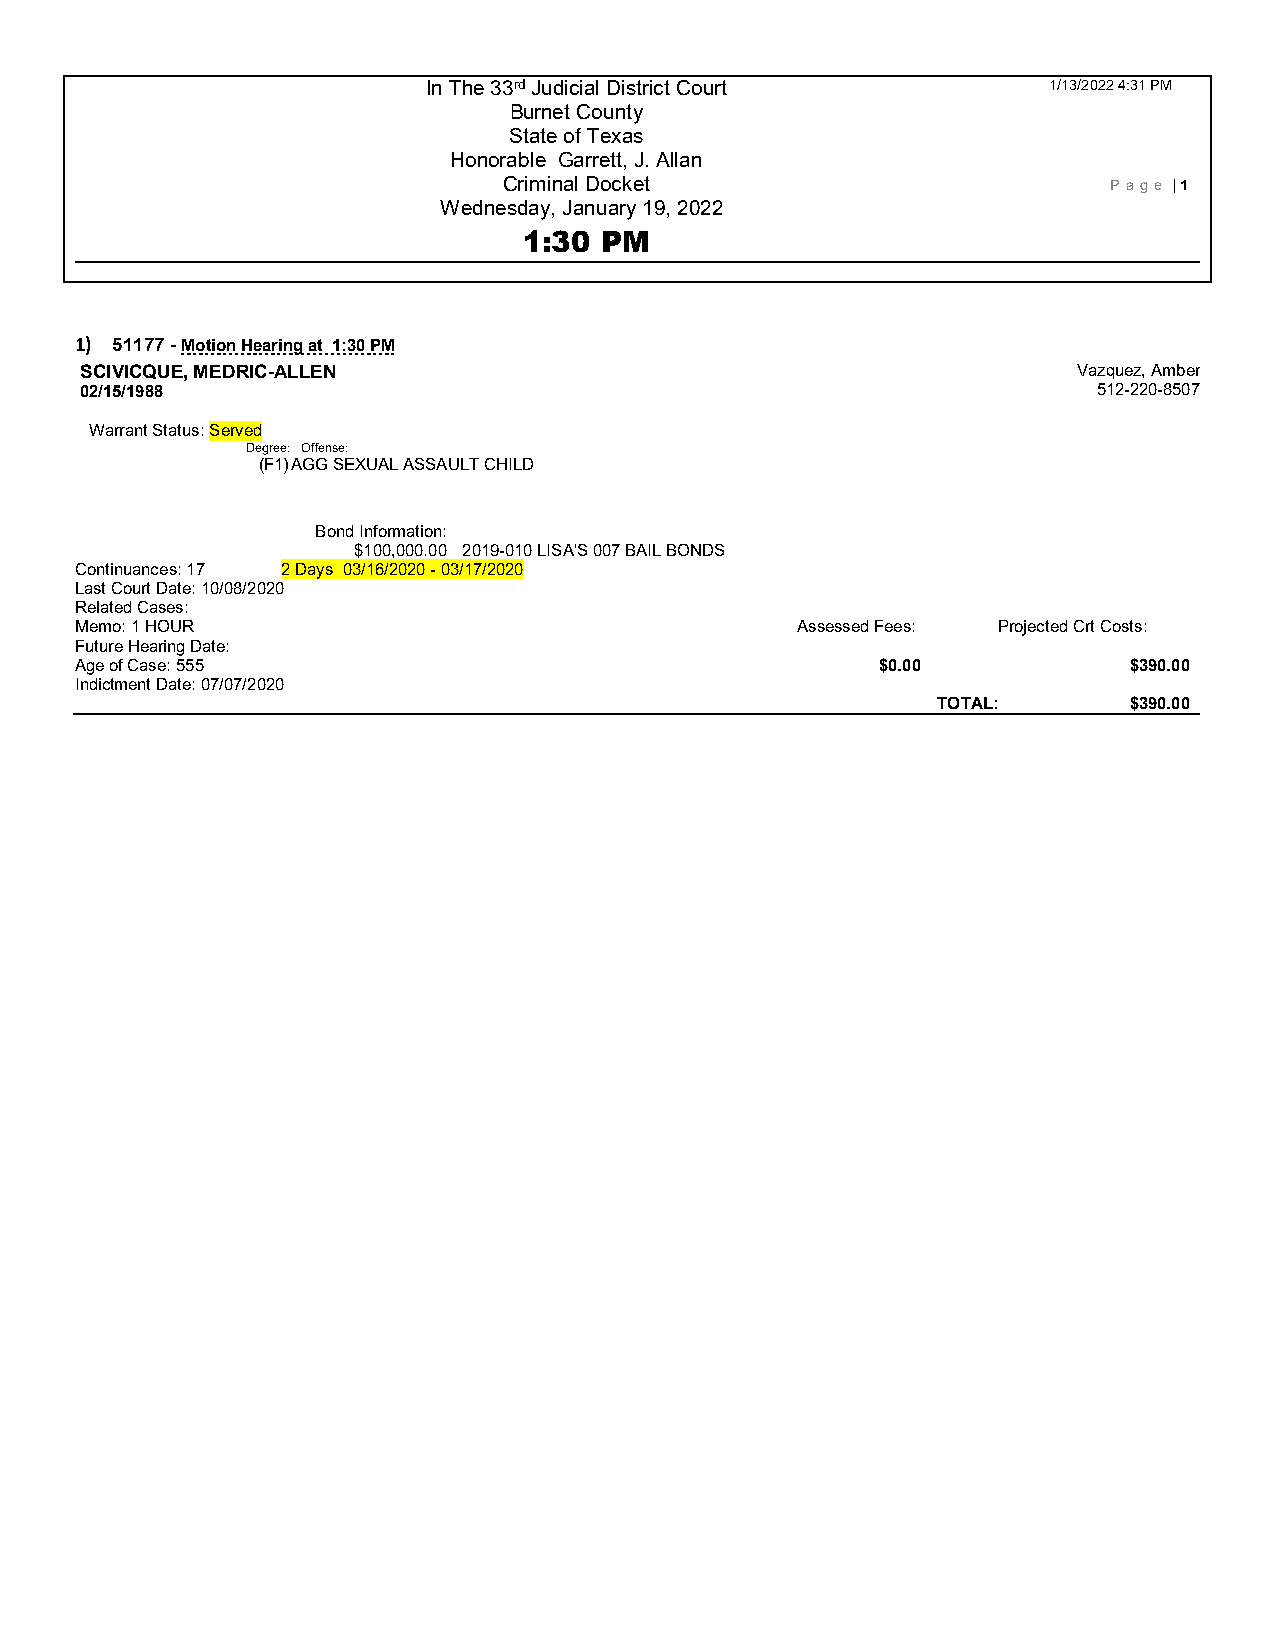
In The 33rd Judicial District Court      1/13/2022 4:31 PM
 Burnet County
 State of Texas
 Honorable Garrett, J. Allan
 Criminal Docket                         P age | 1
 Wednesday, January 19, 2022
 1:30 PM
 1) 51177 - Motion Hearing at 1:30 PM
 SCIVICQUE, MEDRIC-ALLEN                                           Vazquez, Amber
 02/15/1988                                                          512-220-8507
 Warrant Status: Served
 Degree: Offense:
 (F1) AGG SEXUAL ASSAULT CHILD
 Bond Information:
 $100,000.00 2019-010 LISA'S 007 BAIL BONDS
 Continuances: 17 2 Days 03/16/2020 - 03 /17/2020
 Last Court Date: 10/08/2020
 Related Cases:
 Memo: 1 HOUR                                    Assessed Fees: Projected Crt Costs:
 Future Hearing Date:
 Age of Case: 555                                     $0.00            $390.00
 Indictment Date: 07/07/2020
 TOTAL:       $390.00